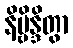
နိဗ္ဗိန္ဒိတွာ